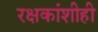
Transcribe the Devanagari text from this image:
रक्षकांशीही